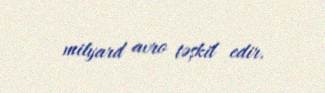
milyard avro təşkil edir.